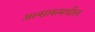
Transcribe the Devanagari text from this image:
अल्सासमधील